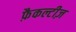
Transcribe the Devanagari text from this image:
फ़ैकल्टीज़